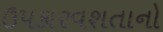
ઉપકારવશતાનો